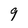
Character: 9